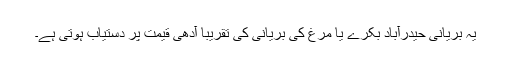
یہ بریانی حیدرآباد بکرے یا مرغ کی بریانی کی تقریبًا آدھی قیمت پر دستیاب ہوتی ہے۔